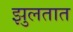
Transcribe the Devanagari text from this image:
झुलतात